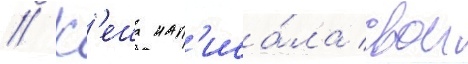
// К'еша нап'иса́ла свои